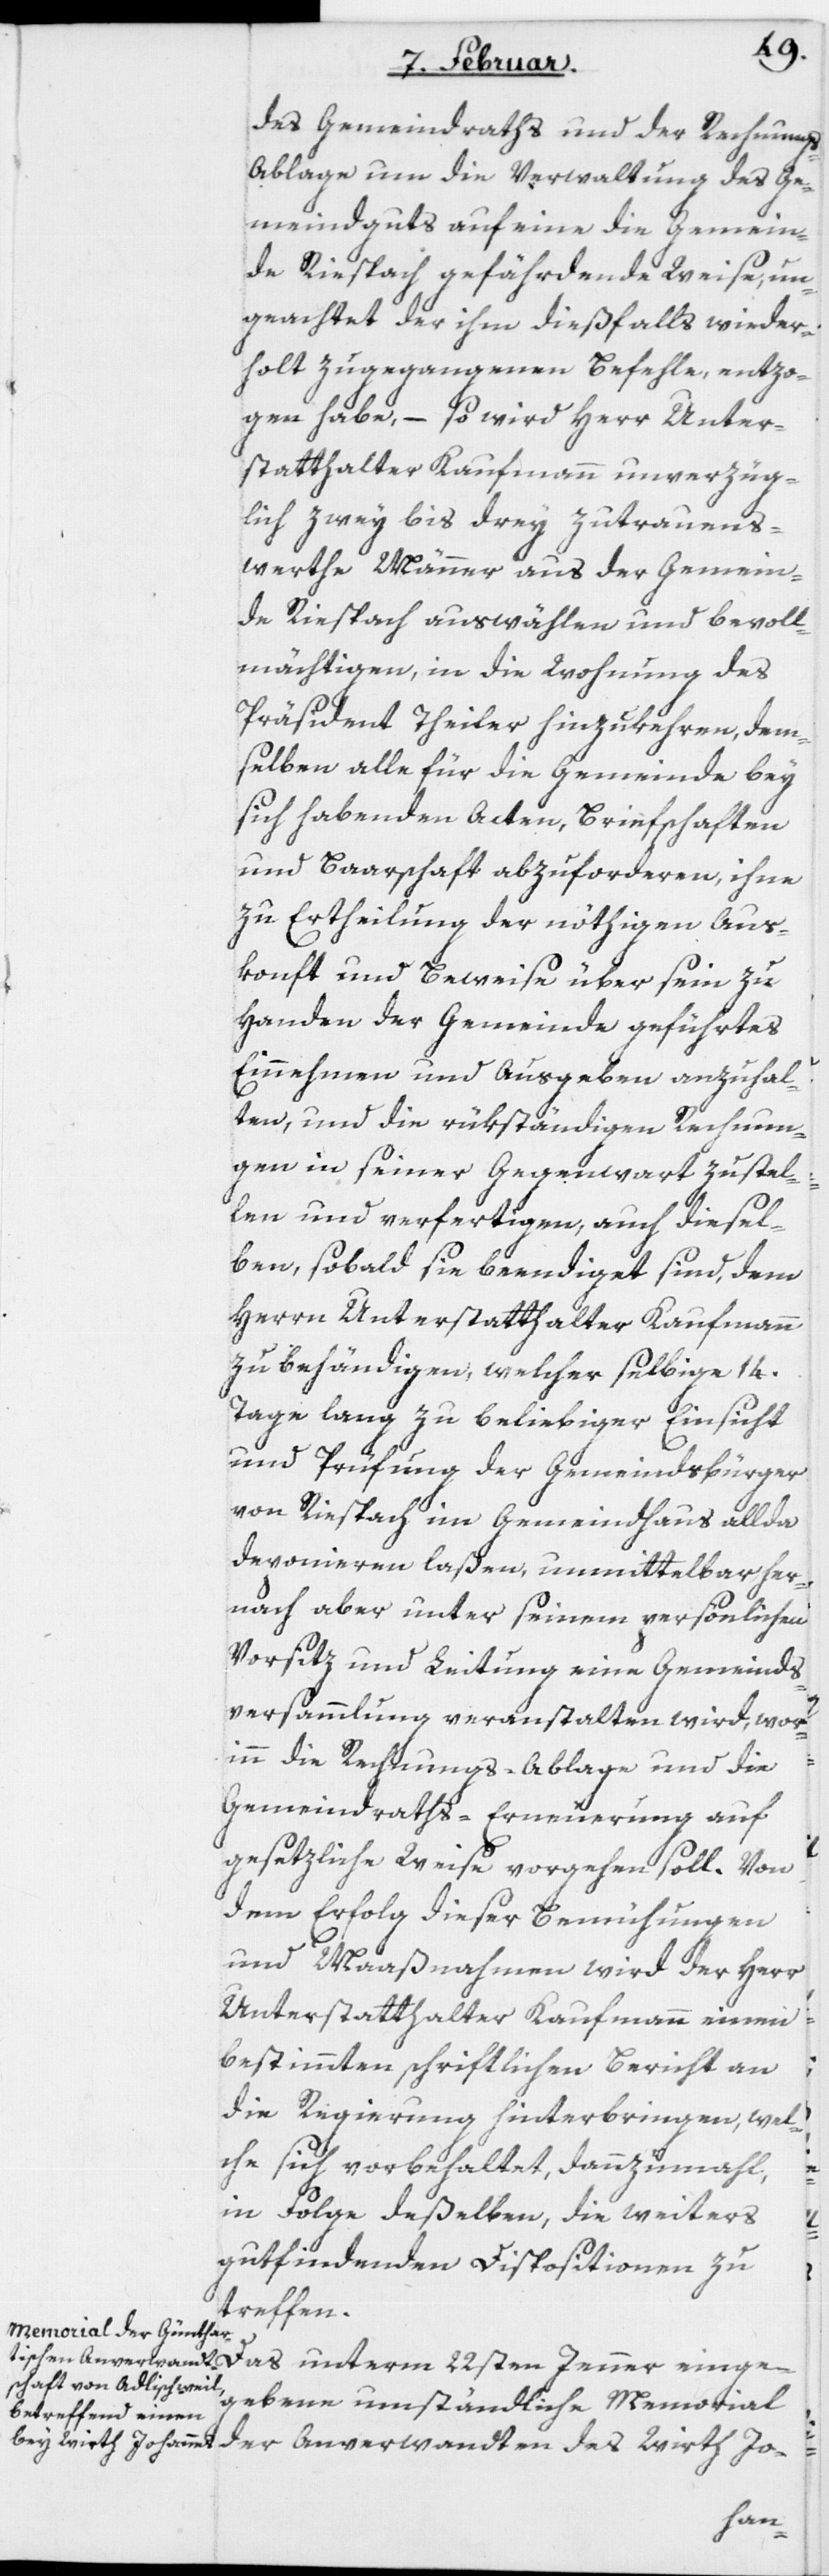
des Gemeindraths und der Rechnung¬
s-Ablage um die Verwaltung des Ge¬
meindguts auf eine die Gemein¬
de Riespach gefährdende Weise, un¬
geachtet der ihm dießfalls wieder¬
holt zugegangenen Befehle, entzo¬
gen habe, – so wird Herr Unter¬
statthalter Kaufmann unverzüg¬
lich zwey bis drey zutrauens¬
werthe Männer aus der Gemein¬
de Riespach auswählen und bevoll¬
mächtigen, in die Wohnung des
Präsident Theiler hinzukehren, dem¬
selben alle für die Gemeinde bey
sich habenden Acten, Briefschaften
und Baarschaft abzuforderen, ihne
zu Ertheilung der nöthigen Aus¬
konft und Beweise über sein zu
Handen der Gemeinde geführtes
Einnehmen und Ausgeben anzuhal¬
ten, und die rükständigen Rechnun¬
gen in seiner Gegenwart zustel¬
len und verfertigen, auch diesel¬
ben, sobald sie beendiget sind, dem
Herrn Unterstatthalter Kaufmann
zu behändigen, welcher selbige 14.
Tage lang zu beliebiger Einsicht
und Prüfung der Gemeindsbürger
von Riespach im Gemeindhaus allda
deponieren laßen, unmittelbar her¬
nach aber unter seinem persönlichen
Vorsitz und Leitung eine Gemeinds¬
versammlung veranstalten wird, wor¬
inn die Rechnungs-Ablage und die
Gemeindraths-Erneuerung auf
gesetzliche Weise vorgehen soll. Von
dem Erfolg dieser Bemühungen
und Maaßnahmen wird der Herr
Unterstatthalter Kaufmann einen
bestimmten schriftlichen Bericht an
die Regierung hinterbringen, wel¬
che sich vorbehaltet, dannzumahl,
in Folge deßelben, die weiters
gutfindenden Dispositionen zu
treffen.
Das unterm 22sten Jenner einge¬
gebene umständliche Memorial
der Anverwandten des Wirth Jo-